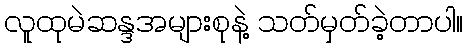
လူထုမဲဆန္ဒအများစုနဲ့ သတ်မှတ်ခဲ့တာပါ။